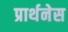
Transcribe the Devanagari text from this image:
प्रार्थनेस